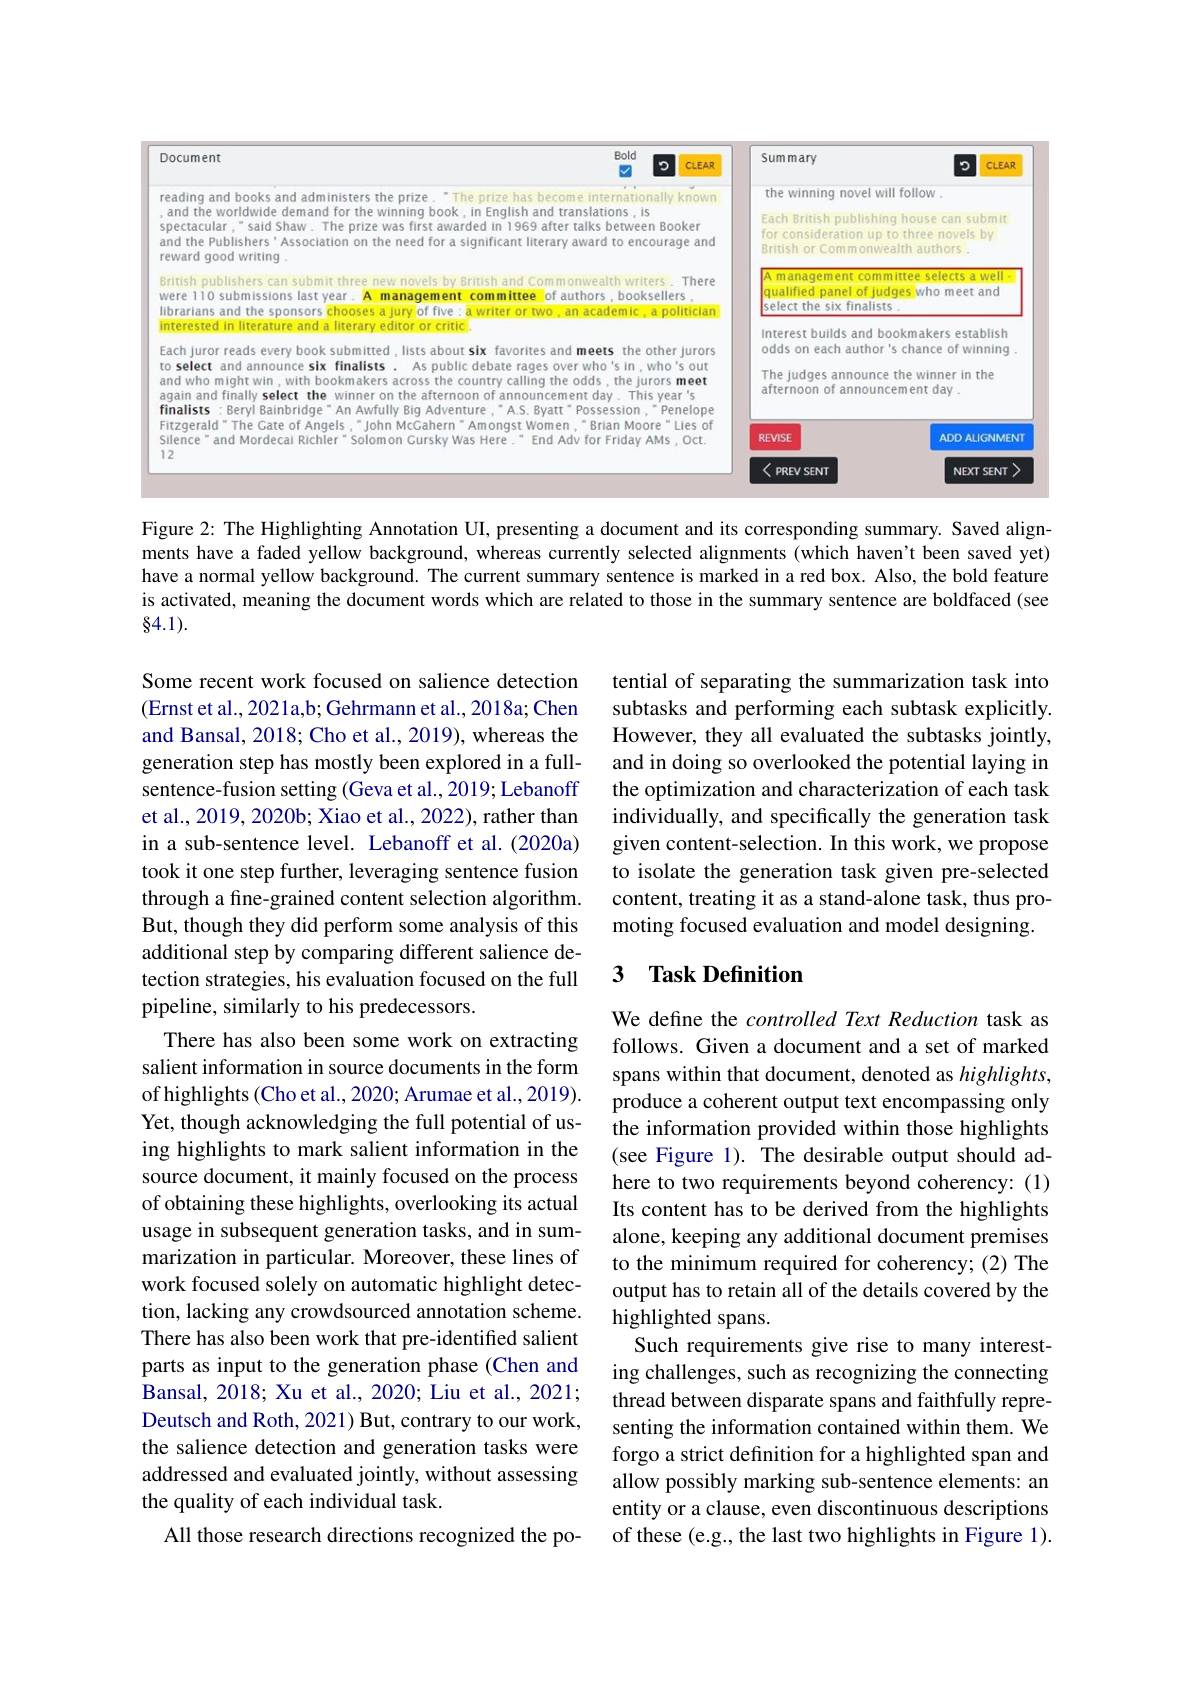
<FigureHere>

Figure 2: The Highlighting Annotation UI, presenting a document and its corresponding summary. Saved alignments have a faded yellow background, whereas currently selected alignments (which haven't been saved yet) have a normal yellow background. The current summary sentence is marked in a red box. Also, the bold feature is activated, meaning the document words which are related to those in the summary sentence are boldfaced (see 84.1).

tential of separating the summarization task into subtasks and performing each subtask explicitly. However, they all evaluated the subtasks jointly, and in doing so overlooked the potential laying in the optimization and characterization of each task individually, and specifically the generation task given content-selection. In this work, we propose to isolate the generation task given pre-selected content, treating it as a stand-alone task, thus promoting focused evaluation and model designing.

### 3 $\textbf{Task Definition}$

Some recent work focused on salience detection (Ernst et al., 2021a,b; Gehrmann et al., 2018a; Chen and Bansal, 2018; Cho et al., 2019), whereas the generation step has mostly been explored in a fullsentence-fusion setting (Geva et al., 2019; Lebanoff et al., 2019, 2020b; Xiao et al., 2022), rather than in a sub-sentence level. Lebanoff et al.(2020a) took it one step further, leveraging sentence fusion through a fine-grained content selection algorithm. But, though they did perform some analysis of this additional step by comparing different salience detection strategies, his evaluation focused on the full pipeline, similarly to his predecessors.
There has also been some work on extracting salient information in source documents in the form of highlights (Cho et al., 2020; Arumae et al., 2019). Yet, though acknowledging the full potential of using highlights to mark salient information in the source document, it mainly focused on the process of obtaining these highlights, overlooking its actual usage in subsequent generation tasks, and in summarization in particular. Moreover, these lines of work focused solely on automatic highlight detection, lacking any crowdsourced annotation scheme. There has also been work that pre-identified salient parts as input to the generation phase (Chen and Bansal, 2018; Xu et al., 2020; Liu et al., 2021; Deutsch and Roth, 2021) But, contrary to our work, the salience detection and generation tasks were addressed and evaluated jointly, without assessing the quality of each individual task.
All those research directions recognized the po-

We define the controlled Text Reduction task as follows. Given a document and a set of marked spans within that document, denoted as highlights, produce a coherent output text encompassing only the information provided within those highlights (see Figure 1). The desirable output should adhere to two requirements beyond coherency: (1) Its content has to be derived from the highlights alone, keeping any additional document premises to the minimum required for coherency; (2) The output has to retain all of the details covered by the highlighted spans.
Such requirements give rise to many interesting challenges, such as recognizing the connecting thread between disparate spans and faithfully representing the information contained within them. We forgo a strict defnition for a highlighted span and allow possibly marking sub-sentence elements: an entity or a clause, even discontinuous descriptions of these (e.g., the last two highlights in Figure 1).